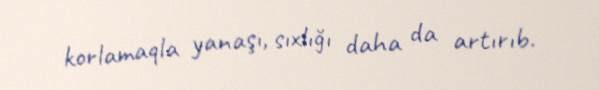
korlamaqla yanaşı, sıxlığı daha da artırıb.